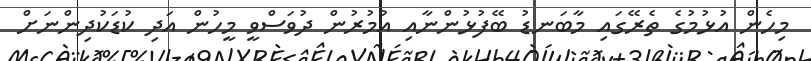
މިހެން އުޅުމުގެ ތެރޭގައި މާބަނޑު ބޭފުޅުންނާއި އުމުރުން ދުވަސްވީ މީހުން އަދި ކުޑަކުދިންނަށް